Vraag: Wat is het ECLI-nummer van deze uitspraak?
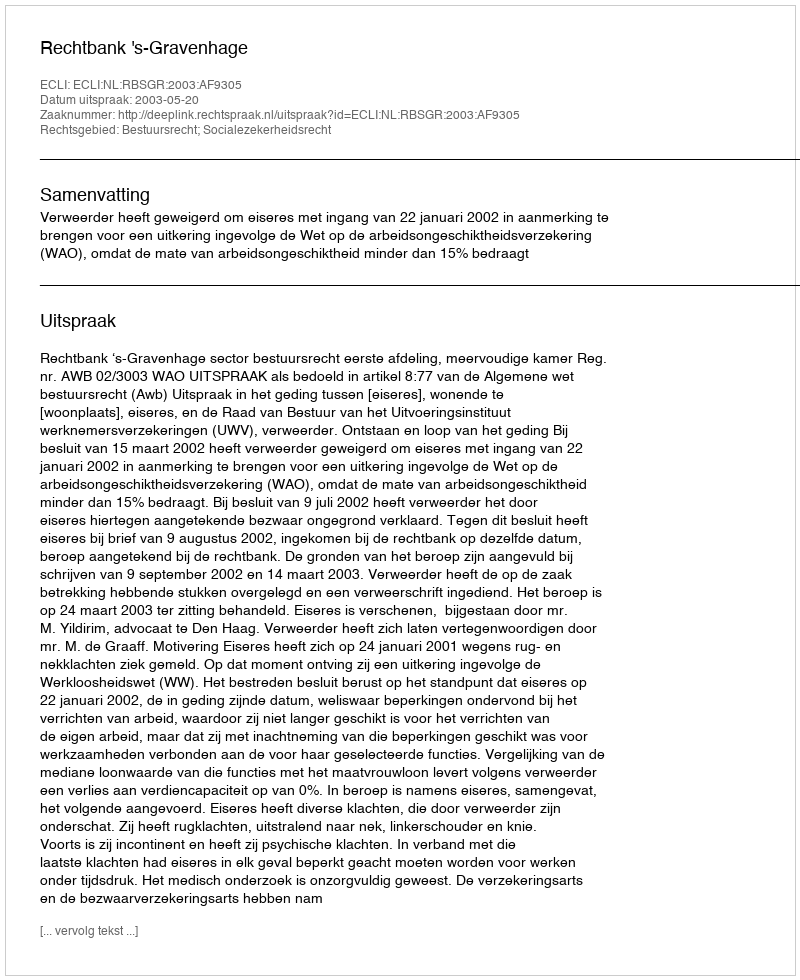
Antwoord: ECLI:NL:RBSGR:2003:AF9305